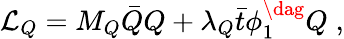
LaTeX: {\cal L}_{Q}=M_{Q}\bar{Q}Q+\lambda_{Q}\bar{t}\phi_{1}^{\dag}Q\; ,